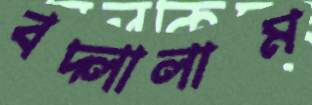
বদ্‌লালাম